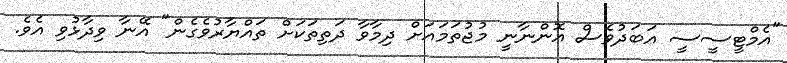
"އެމްޓީސީސީ އަބަދުވެސް އޮންނާނީ މުޖުތަމައަށް ދިމާވާ ދަތިތަކަށް ތައްޔާރުވެގެން" އޭނާ ވިދާޅުވި އެވެ.